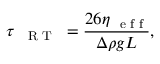
\tau _ { \mathrm { ~ \scriptsize ~ { ~ R ~ T ~ } ~ } } = \frac { 2 6 \eta _ { \mathrm { ~ \scriptsize ~ e ~ f ~ f ~ } } } { \Delta \rho g L } ,